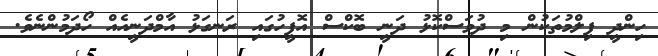
ހިންދީ ފިލްމުތަކުން މި ދުވަސްކޮޅު ދަނީ ބޮކްސް އޮފީހުގައި ރަނގަޅު އާމްދަނީއެއް ހޯދަމުންނެވެ.